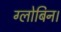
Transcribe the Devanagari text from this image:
ग्लोबिन।